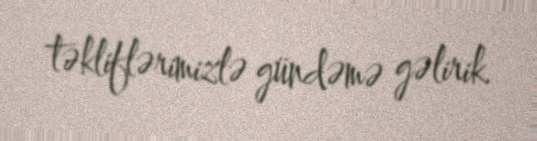
təkliflərimizlə gündəmə gəlirik.